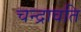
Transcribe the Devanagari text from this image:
चन्द्रावति